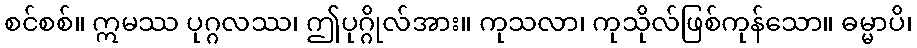
စင်စစ်။ ဣမဿ ပုဂ္ဂလဿ၊ ဤပုဂ္ဂိုလ်အား။ ကုသလာ၊ ကုသိုလ်ဖြစ်ကုန်သော။ ဓမ္မာပိ၊